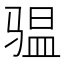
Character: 𮹌